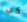
كب